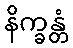
နိက္ခန္တံ